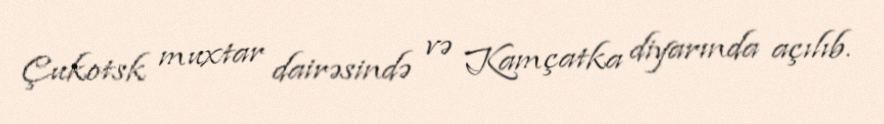
Çukotsk muxtar dairəsində və Kamçatka diyarında açılıb.